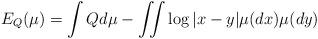
LaTeX: \begin{align*}E_Q(\mu)=\int Q d\mu -\iint \log|x-y|\mu(dx)\mu(dy)\end{align*}